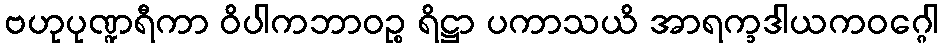
ဗဟုပုဏ္ဍရီကာ ဝိပါကဘာဝဉ္စ ရိဋ္ဌာ ပကာသယိ အာရက္ခဒါယကဝဂ္ဂေါ